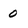
Character: 0